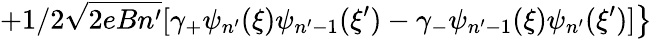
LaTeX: +1/2\sqrt{2eBn^{\prime}}[\gamma_{+}\psi_{n^{\prime}}(\xi)\psi_{n^{\prime}-1}(\xi^{\prime})-\left.\gamma_{-}\psi_{n^{\prime}-1}(\xi)\psi_{n^{\prime}}(\xi^{\prime})]\right\}